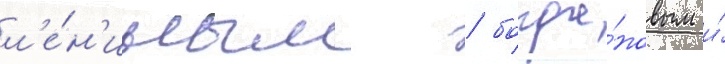
л'е́н'иным / богда́новым и́